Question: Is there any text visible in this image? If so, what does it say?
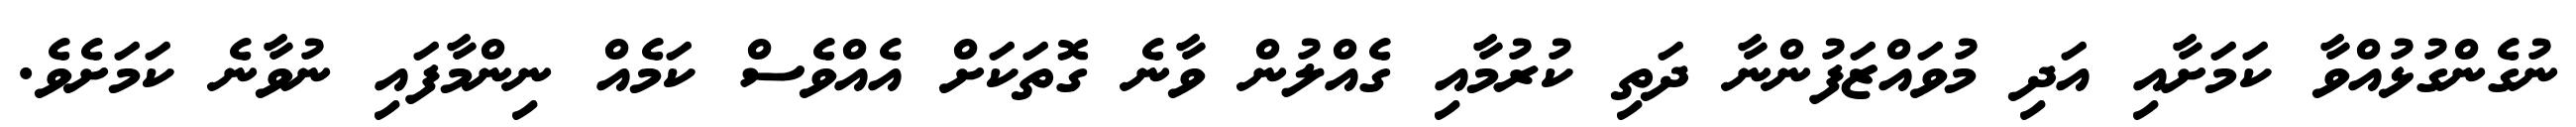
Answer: ނުގެންގުޅުއްވާ ކަމަށާއި އަދި މުވައްޒަފުންނާ ދަތި ކުރުމާއި ގެއްލުން ވާނެ ގޮތަކަށް އެއްވެސް ކަމެއް ނިންމާފައި ނުވާނެ ކަމަށެވެ.